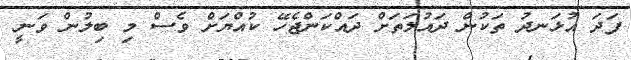
ފަދަ އުޅަނދު ތަކުން ދައުލަތަށް ދައްކަންޖެހޭ ކުއްޔަށް ވެސް މި ބިލުން ވަނީ